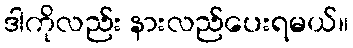
ဒါကိုလည်း နားလည်ပေးရမယ်။